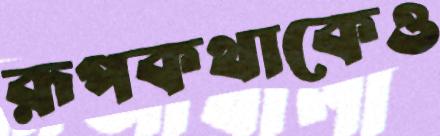
রূপকথাকেও